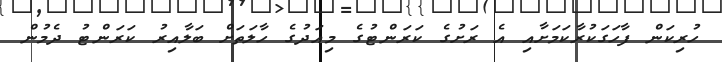
ހުރިކަން ފާހަގަކުރާކަމަށާއި އެ ރަށުގެ ކަރަންޓުގެ މިއަދުގެ ހާލަތަށް ބަލާއިރު ކަރަންޓު ދެމުން